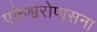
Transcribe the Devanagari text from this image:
एकेश्वरोपासना